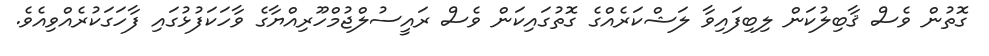
ގޮތުން ވެސް ޤާބިލުކަން ލިބިފައިވާ ލަޝްކަރެއްގެ ގޮތުގައިކަން ވެސް ރައީސުލްޖުމްހޫރިއްޔާގެ ވާހަކަފުޅުގައި ފާހަގަކުރެއްވިއެވެ.